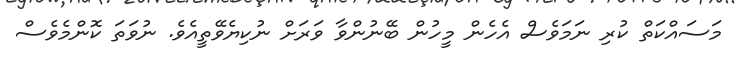
މަސައްކަތް ކުރި ނަމަވެސް އެހެން މީހުން ބޭނުންވާ ވަރަށް ނުކިޔެވޭތީއެވެ. ނުވަތަ ކޮންމެވެސް